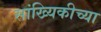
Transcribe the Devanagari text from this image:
सांख्यिकीच्या